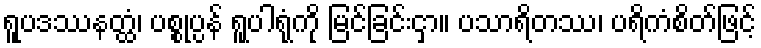
ရူပဒဿနတ္ထံ၊ ပစ္စုပ္ပန် ရူပါရုံကို မြင်ခြင်းငှာ။ ပသာရိတဿ၊ ပရိကံစိတ်ဖြင့်